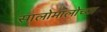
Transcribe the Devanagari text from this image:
सालोमालोच्या